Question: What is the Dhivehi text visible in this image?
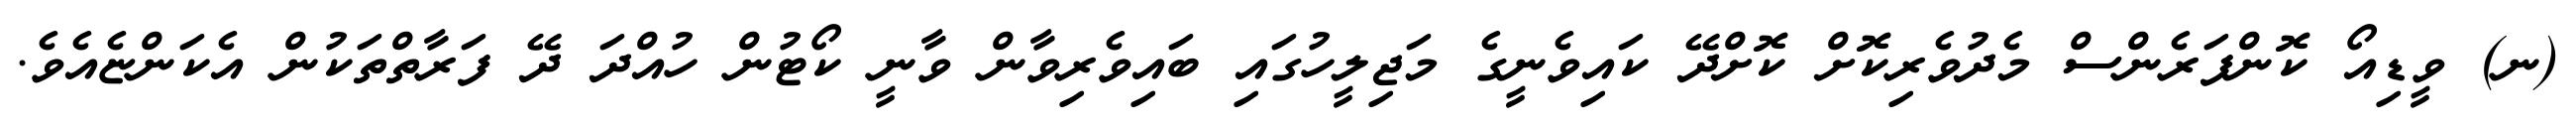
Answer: (ނ) ވީޑިއޯ ކޮންފަރެންސް މެދުވެރިކޮށް ކޮށްދޭ ކައިވެނީގެ މަޖިލީހުގައި ބައިވެރިވާން ވާނީ ކޯޓުން ހުއްދަ ދޭ ފަރާތްތަކުން އެކަންޏެއެވެ.